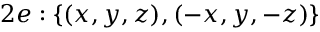
2 e : \{ ( x , y , z ) , ( - x , y , - z ) \}